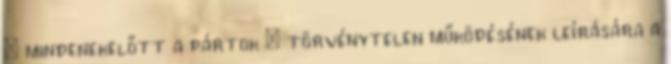
– mindenekelőtt a pártok – törvénytelen működésének leírására a